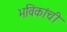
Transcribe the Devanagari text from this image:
भविकांची